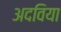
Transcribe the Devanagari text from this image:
अदविया